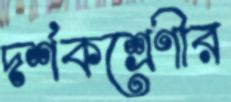
দর্শকশ্রেণীর